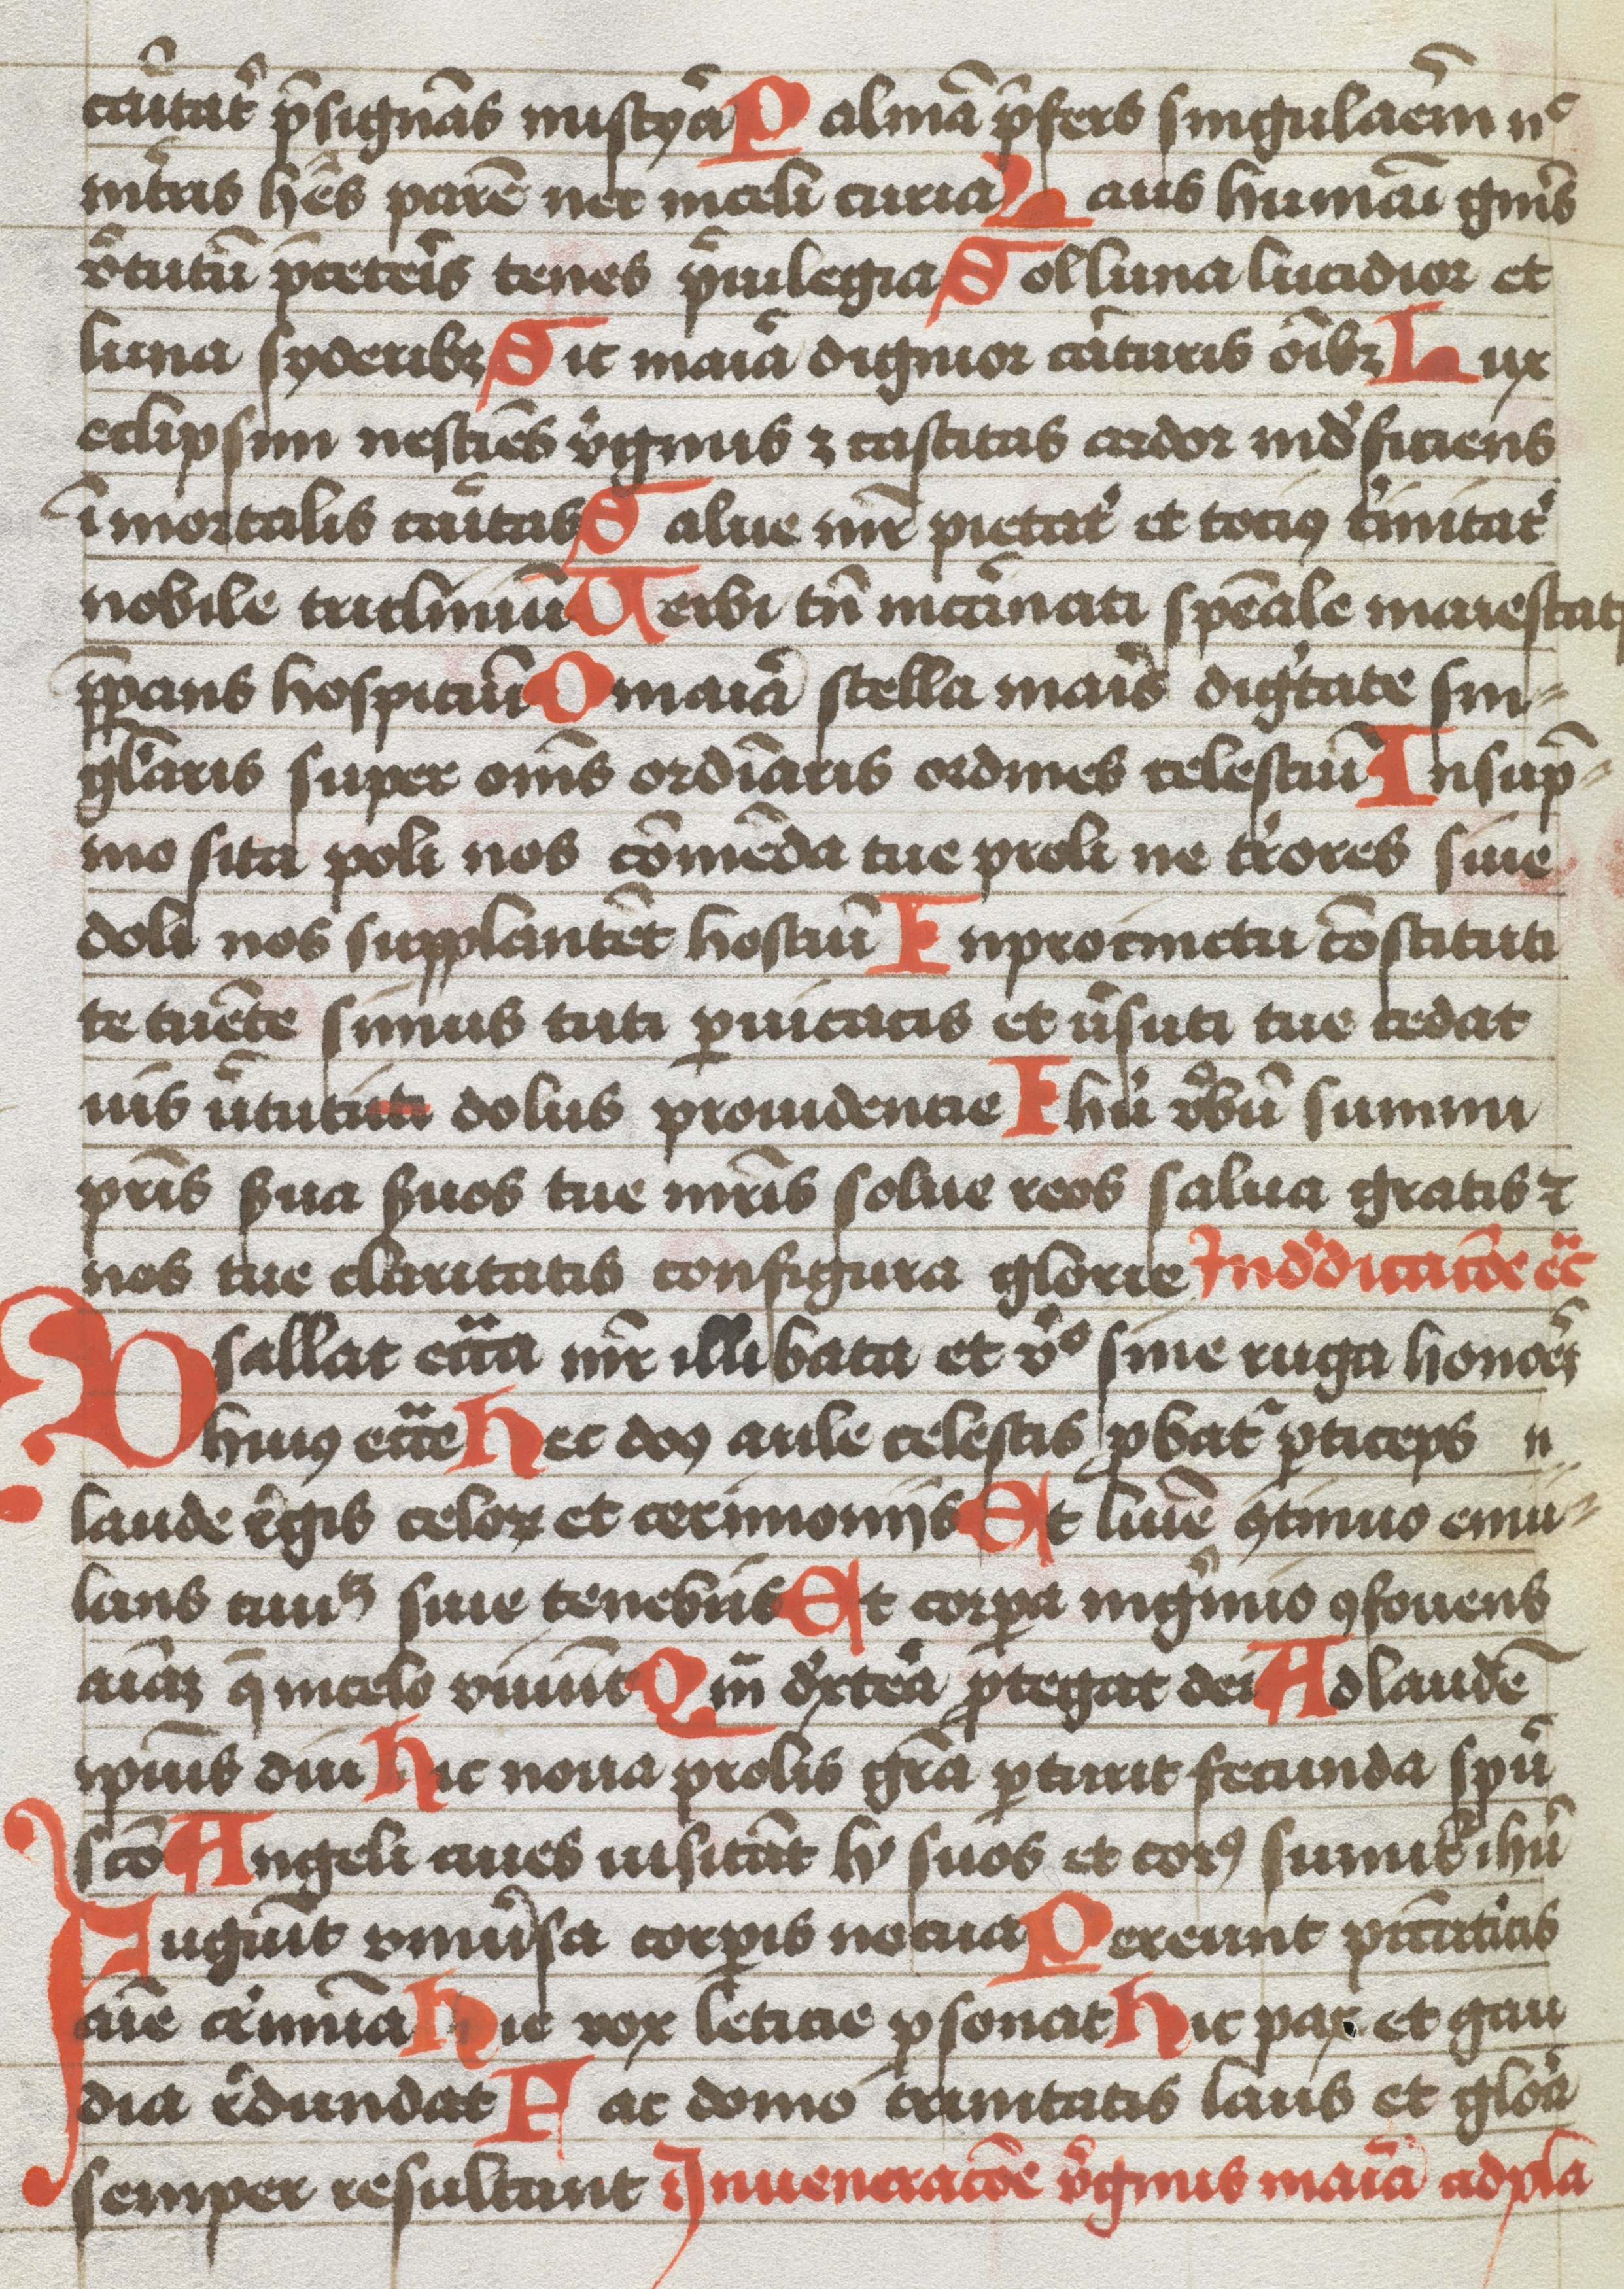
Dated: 1483–1483